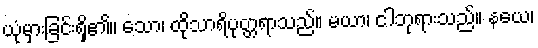
ယုံမှားခြင်းရှိ၏။ သော၊ ထိုသာရိပုတ္တရာသည်။ မယာ၊ ငါဘုရားသည်။ နယေ၊